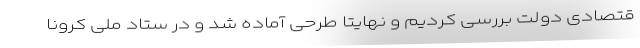
قتصادی دولت بررسی کردیم و نهایتا طرحی آماده شد و در ستاد ملی کرونا